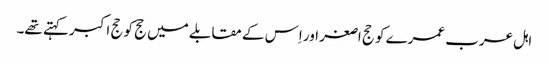
اہل عرب عمرے کو حج اصغر اور اِس کے مقابلے میں حج کو حج اکبر کہتے تھے۔